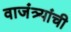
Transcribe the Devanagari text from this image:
वाजंत्र्यांची